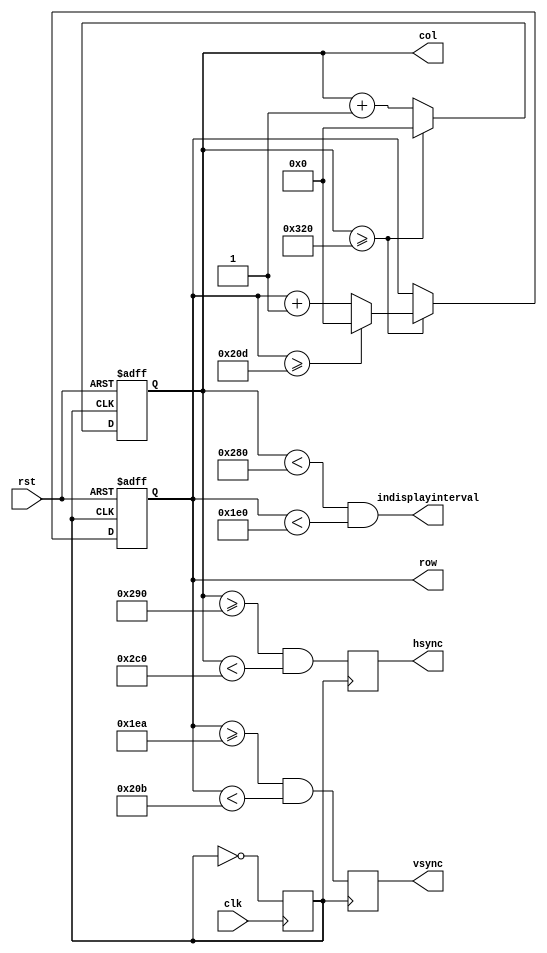
module sync(input clk, rst, output hsync, vsync, output reg [9:0] row, col, output indisplayinterval);


//pclk is pixel clock of 25 Mhz as per the vga timing specification
//Resolution is 640 x 480 at 60Hz
//More timing specification below
localparam
	H_DISPLAY = 640,
	H_FRONT_PORCH = 16,
	H_BACK_PORCH = 48,
	H_SYNC_PULSE = 96;
	
localparam
	V_DISPLAY = 480,
	V_FRONT_PORCH = 10,
	V_BACK_PORCH = 33,
	V_SYNC_PULSE = 2;
	
	
wire hsync_done, vsync_done;
reg hsync_pulse, vsync_pulse;

reg pclk;
	
	always @(posedge clk)
	begin
		pclk = ~ pclk;
	end

always @(posedge pclk or posedge rst)
begin
	if(rst == 1)
	begin
		row <= 10'd0;
		col <= 10'd0;
	end
	else
	begin
		if(hsync_done)
		begin
			col <= 10'd0;
			if(vsync_done)
				row <= 10'd0;
			else
				row <= row + 10'd1;
		end
		else
			col <= col + 10'd1;
	end
	
end

always @(posedge pclk)
begin
	hsync_pulse <= (col >= (H_DISPLAY + H_FRONT_PORCH)) && (col < (H_DISPLAY + H_FRONT_PORCH + H_BACK_PORCH)); //needed low pulse when row is finished
	vsync_pulse <= (row >= (V_DISPLAY + V_FRONT_PORCH)) && (row < (V_DISPLAY + V_FRONT_PORCH + V_BACK_PORCH)); //needed low pulse when col is finished
	
end

assign indisplayinterval = (col < H_DISPLAY) && (row < V_DISPLAY);
assign hsync_done = (col >= (H_DISPLAY + H_FRONT_PORCH + H_BACK_PORCH + H_SYNC_PULSE));
assign vsync_done = (row >= (V_DISPLAY + V_FRONT_PORCH + V_BACK_PORCH + V_SYNC_PULSE));
assign hsync = hsync_pulse;
assign vsync = vsync_pulse;


endmodule